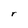
Character: r